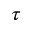
\tau